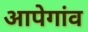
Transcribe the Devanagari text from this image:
आपेगांव